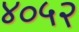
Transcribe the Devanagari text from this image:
४०५२